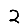
Digit: 2